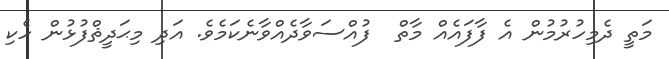
މަތީ ދެމިހުރުމުން އެ ފާފައެއް މާތް  ފުއްސަވާދެއްވާނެކަމެވެ. އަދި މިޙަދީޘްފުޅުން ހެކި